Vabadussoja_Ajaloo_Komitee, lk 34
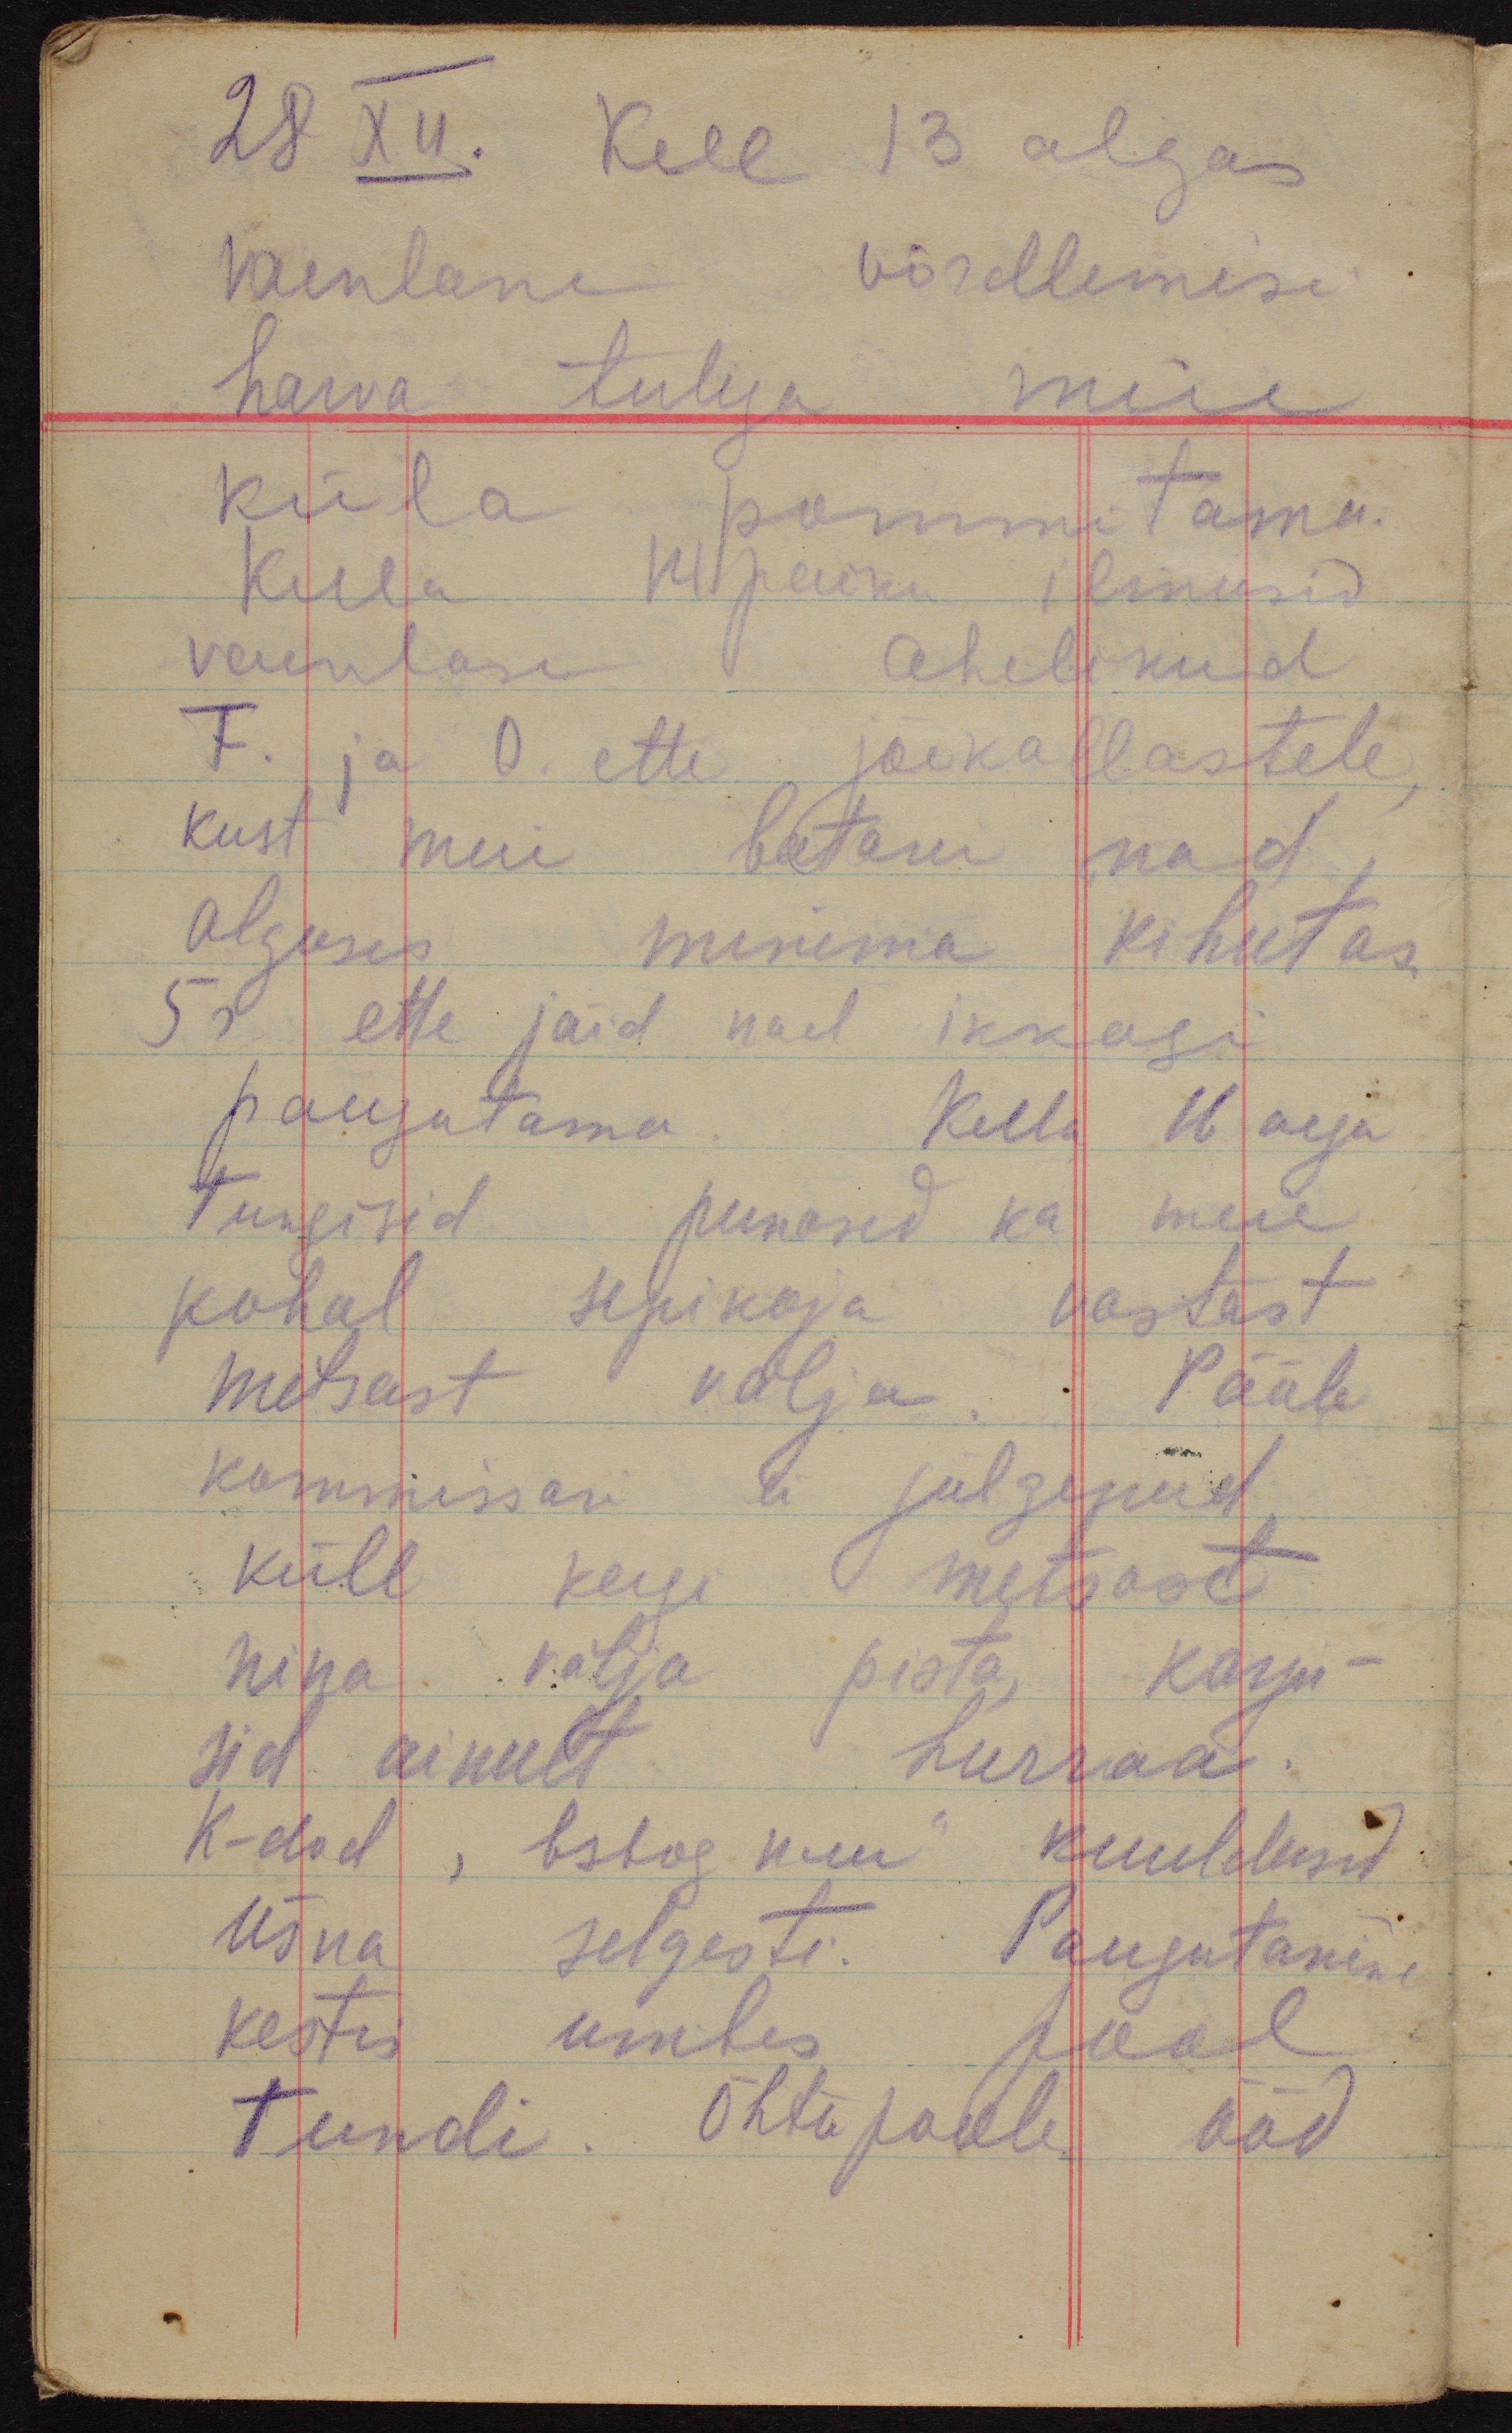
28 XII. Kell 13 algas
vaenlane võrdlemisi
harva tulega meie
küla pommitama.
Kella 14 paiku ilmusid
vaenlase ahelikud
F. ja O. ette jõekallastele,
kust meie batarei nad
alguses minema kihutas.
5r ette jäid nad ikkagi
paugutama. Kella 16 aega
tungisid punased ka meie
kohal sepikoja vastast
metsast välja. Pääle
kommissari ei julgenud
küll keegi metsast
nina välja pista, karju-
sid ainult hurraa.
K-dod "bskog nem" kuuldusid
üsna selgesti. Paugutamine
kestis umbes pool
tundi. Õhtupoole ööd